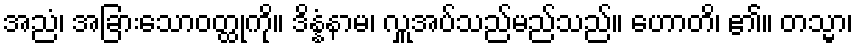
အညံ၊ အခြားသောဝတ္ထုကို။ ဒိန္နံနာမ၊ လှူအပ်သည်မည်သည်။ ဟောတိ၊ ၏။ တသ္မာ၊